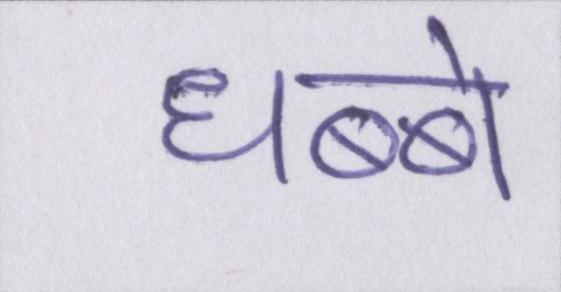
धब्बे